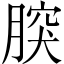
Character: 𦝬